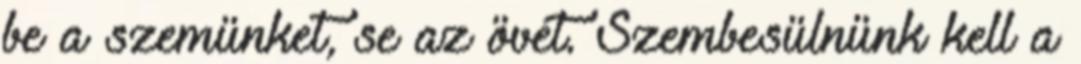
be a szemünket, se az övét. Szembesülnünk kell a